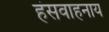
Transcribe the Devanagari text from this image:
हंसवाहनाय